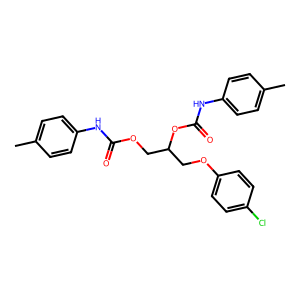
SMILES: Cc1ccc(NC(=O)OCC(COc2ccc(Cl)cc2)OC(=O)Nc2ccc(C)cc2)cc1
Inhibits HIV replication: No